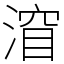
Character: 㴭